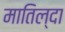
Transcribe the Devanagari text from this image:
मातिल्दा